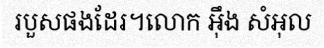
របួសផងដែរ។លោក អ៊ឹង សំអុល